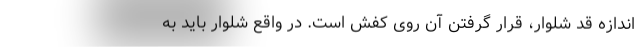
اندازه قد شلوار، قرار گرفتن آن روی کفش است. در واقع شلوار باید به